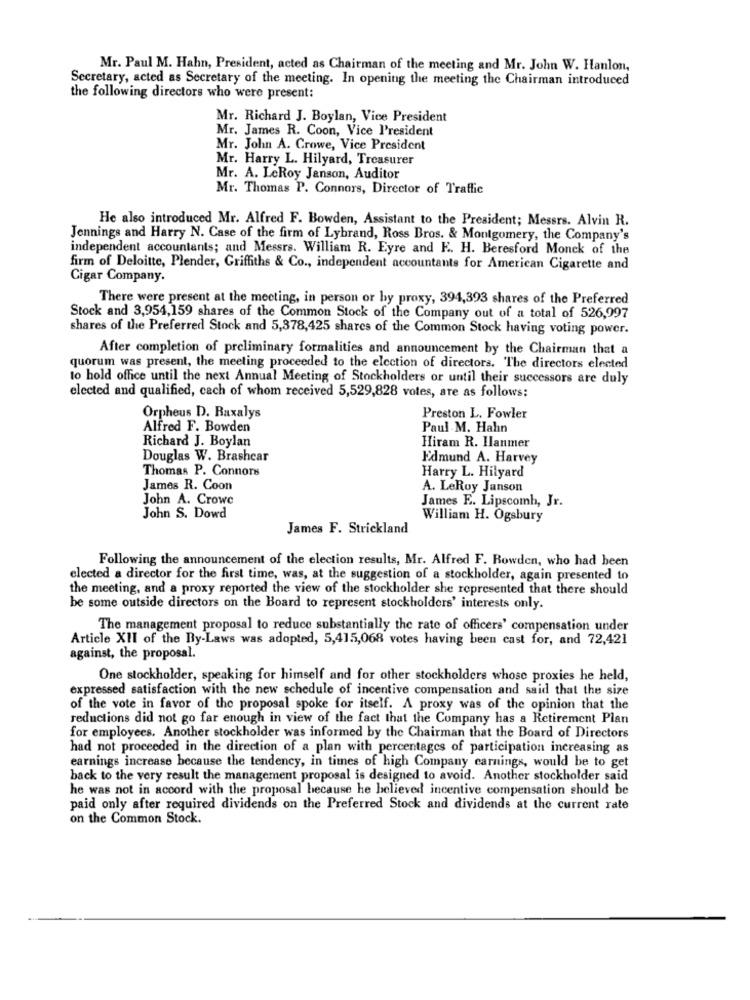
Mr. Paul M. Hahn, President, acted as Chairman of the meeting and Mr. John W. Hanlon,
Secretary, acted as Secretary of the meeting. In opening the meeting the Chairman introduced
the following directors who were present:
Mr. Richard J. Boylan, Vice President
Mr. James R. Coon, Vice l'resident
Mr. John A. Crowe, Vice President
Mr. Harry L. Hilyard, Treasurer
Mr. A. LeRoy Janson, Auditor
Mr. Thomas P. Connors, Director of Traffic
He also introduced Mr. Alfred F. Bowden, Assistant to the President; Messrs. Alvin R.
Jennings and Harry N. Case of the firm of Lybrand, Ross Bros. & Montgomery, the Company's
independent accountants; and Messrs. William R. Eyre and F. H. Beresford Monck of the
firm of Deloitte, Plender, Griffiths & Co ., independent accountants for American Cigarette and
Cigar Company.
There were present at the meeting, in person or by proxy, 394,393 shares of the Preferred
Stock and 3,954,159 shares of the Common Stock of the Company out of a total of 526,997
shares of the Preferred Stock and 5,378,425 shares of the Common Stock having voting power.
After completion of preliminary formalities and announcement by the Chairman that a
quorum was present, the meeting proceeded to the election of directors. The directors elected
to hold office until the next Annual Meeting of Stockholders or until their successors are duly
elected and qualified, cach of whom received 5,529,828 votes, are as follows:
Orpheus D. Raxalys
Preston L. Fowler
Alfred F. Bowden
Paul M. Hahn
Richard J. Boylan
Hiram R. Hanmer
Douglas W. Brashear
Edmund A. Harvey
Thomas P. Connors
Harry L. Hilyard
James R. Coon
A. LeRoy Janson
John A. Crowe
James E. Lipscomb, Jr.
John S. Dowd
William H. Ogsbury
James F. Strickland
Following the announcement of the election results, Mr. Alfred F. Rowden, who had been
elected a director for the first time, was, at the suggestion of a stockholder, again presented to
the meeting, and a proxy reported the view of the stockholder she represented that there should
be some outside directors on the Board to represent stockholders' interests only.
The management proposal to reduce substantially the rate of officers' compensation under
Article XII of the By-Laws was adopted, 5,415,068 votes having been cast for, and 72,421
against, the proposal.
One stockholder, speaking for himself and for other stockholders whose proxies he held,
expressed satisfaction with the new schedule of incentive compensation and said that the size
of the vote in favor of the proposal spoke for itself. A proxy was of the opinion that the
reductions did not go far enough in view of the fact that the Company has a Retirement Plan
for employees. Another stockholder was informed by the Chairman that the Board of Directors
had not proceeded in the direction of a plan with percentages of participation increasing as
earnings increase because the tendency, in times of high Company earnings, would be to get
back to the very result the management proposal is designed to avoid. Another stockholder said
he was not in accord with the proposal because he believed incentive compensation should be
paid only after required dividends on the Preferred Stock and dividends at the current rate
on the Common Stock.